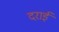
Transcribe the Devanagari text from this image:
दराई